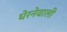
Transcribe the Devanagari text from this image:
घेरनेवाली